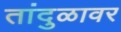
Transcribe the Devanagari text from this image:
तांदुळावर